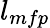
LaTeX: l_{mfp}